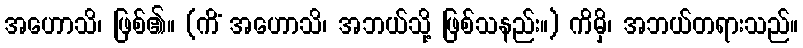
အဟောသိ၊ ဖြစ်၏။ (ကိံ အဟောသိ၊ အဘယ်သို့ ဖြစ်သနည်း။) ကိမှိ၊ အဘယ်တရားသည်။